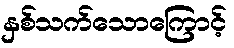
နှစ်သက်သောကြောင့်